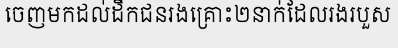
ចេញមកដល់ដឹកជនរងគ្រោះ២នាក់ដែលរងរបួស